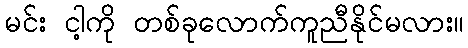
မင်း ငါ့ကို တစ်ခုလောက်ကူညီနိုင်မလား။